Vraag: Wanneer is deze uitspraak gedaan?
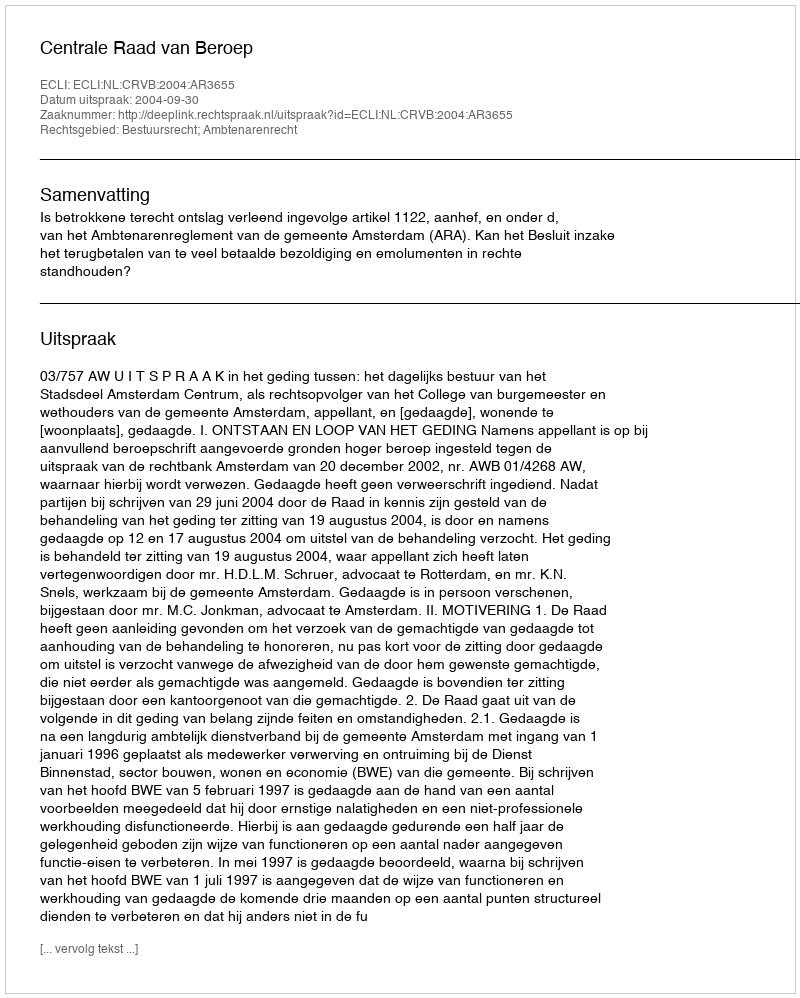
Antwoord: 2004-09-30